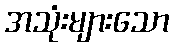
အသုံးများသော